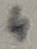
Text: 4